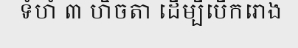
ទំហំ ៣ ហិចតា ដើម្បីបើករោង